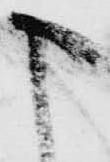
う